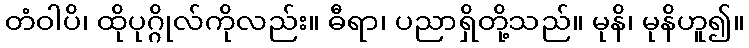
တံဝါပိ၊ ထိုပုဂ္ဂိုလ်ကိုလည်း။ ဓီရာ၊ ပညာရှိတို့သည်။ မုနိ၊ မုနိဟူ၍။